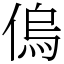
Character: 𠌥